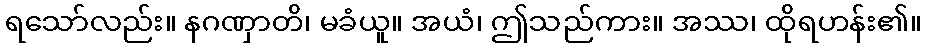
ရသော်လည်း။ နဂဏှာတိ၊ မခံယူ။ အယံ၊ ဤသည်ကား။ အဿ၊ ထိုရဟန်း၏။